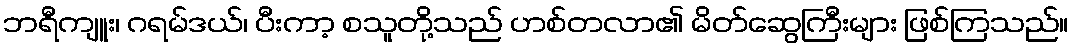
ဘရီကျူး၊ ဂရမ်ဒယ်၊ ပီးကာ့ စသူတို့သည် ဟစ်တလာ၏ မိတ်ဆွေကြီးများ ဖြစ်ကြသည်။